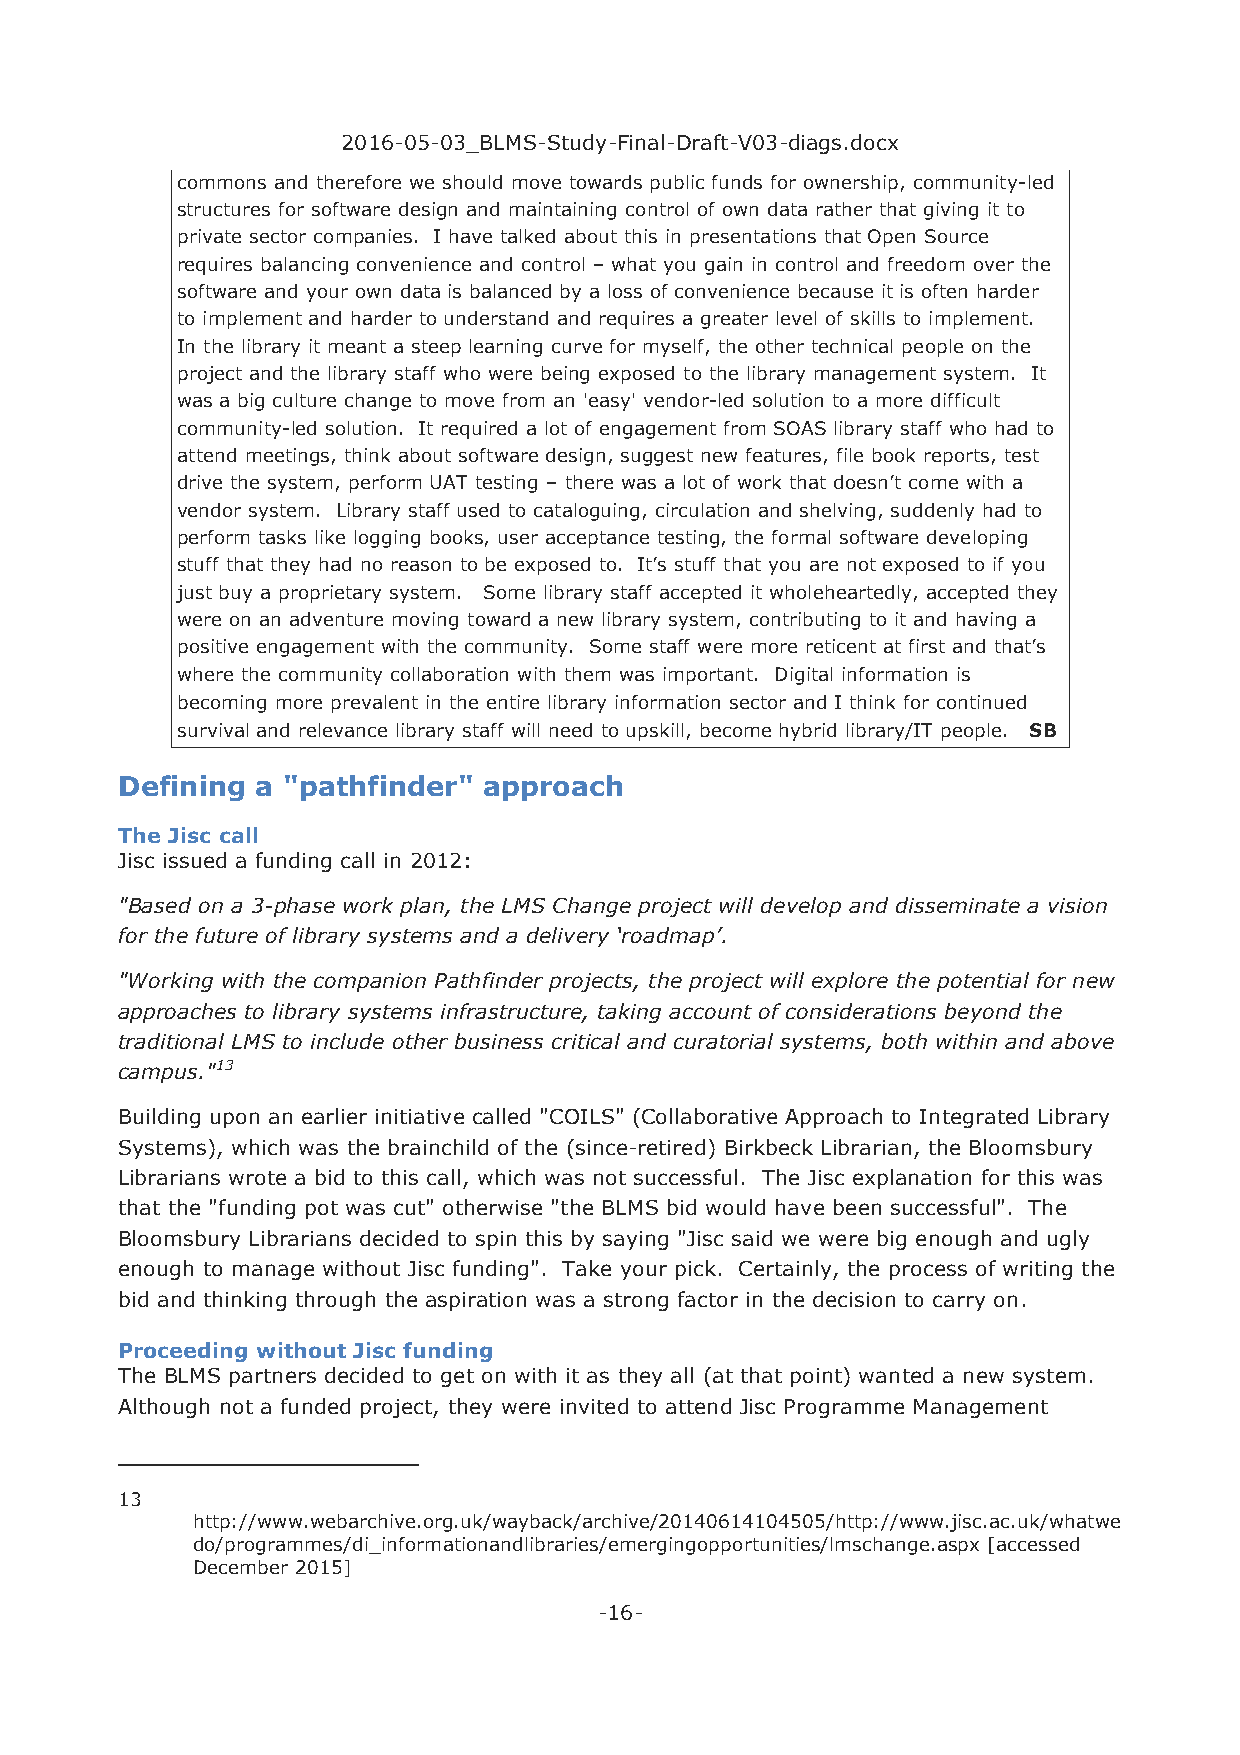
2016-05-03_BLMS-Study-Final-Draft-V03-diags.docx
 commons and therefore we should move towards public funds for ownership, community-led
 structures for software design and maintaining control of own data rather that giving it to
 private sector companies. I have talked about this in presentations that Open Source
 requires balancing convenience and control – what you gain in control and freedom over the
 software and your own data is balanced by a loss of convenience because it is often harder
 to implement and harder to understand and requires a greater level of skills to implement.
 In the library it meant a steep learning curve for myself, the other technical people on the
 project and the library staff who were being exposed to the library management system. It
 was a big culture change to move from an 'easy' vendor-led solution to a more difficult
 community-led solution. It required a lot of engagement from SOAS library staff who had to
 attend meetings, think about software design, suggest new features, file book reports, test
 drive the system, perform UAT testing – there was a lot of work that doesn’t come with a
 vendor system. Library staff used to cataloguing, circulation and shelving, suddenly had to
 perform tasks like logging books, user acceptance testing, the formal software developing
 stuff that they had no reason to be exposed to. It’s stuff that you are not exposed to if you
 just buy a proprietary system. Some library staff accepted it wholeheartedly, accepted they
 were on an adventure moving toward a new library system, contributing to it and having a
 positive engagement with the community. Some staff were more reticent at first and that’s
 where the community collaboration with them was important. Digital information is
 becoming more prevalent in the entire library information sector and I think for continued
 survival and relevance library staff will need to upskill, become hybrid library/IT people. SB
 Defining a "pathfinder" approach
 The Jisc call
 Jisc issued a funding call in 2012:
 "Based on a 3-phase work plan, the LMS Change project will develop and disseminate a vision
 for the future of library systems and a delivery ‘roadmap’.
 "Working with the companion Pathfinder projects, the project will explore the potential for new
 approaches to library systems infrastructure, taking account of considerations beyond the
 traditional LMS to include other business critical and curatorial systems, both within and above
 campus."13
 Building upon an earlier initiative called "COILS" (Collaborative Approach to Integrated Library
 Systems), which was the brainchild of the (since-retired) Birkbeck Librarian, the Bloomsbury
 Librarians wrote a bid to this call, which was not successful. The Jisc explanation for this was
 that the "funding pot was cut" otherwise "the BLMS bid would have been successful". The
 Bloomsbury Librarians decided to spin this by saying "Jisc said we were big enough and ugly
 enough to manage without Jisc funding". Take your pick. Certainly, the process of writing the
 bid and thinking through the aspiration was a strong factor in the decision to carry on.
 Proceeding without Jisc funding
 The BLMS partners decided to get on with it as they all (at that point) wanted a new system.
 Although not a funded project, they were invited to attend Jisc Programme Management
 13
 http://www.webarchive.org.uk/wayback/archive/20140614104505/http://www.jisc.ac.uk/whatwe
 do/programmes/di_informationandlibraries/emergingopportunities/lmschange.aspx [accessed
 December 2015]
 -16-